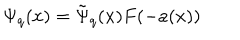
\Psi _ { q } ( x ) = \tilde { \Psi } _ { q } ( x ) F ( - a ( x ) )